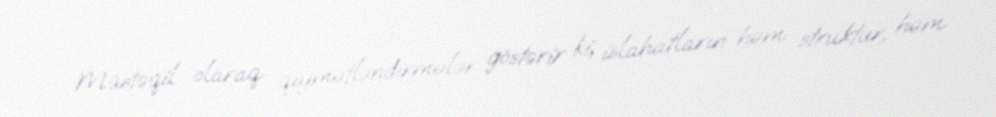
Müstəqil olaraq qiymətləndirmələr göstərir ki, islahatların həm struktur, həm